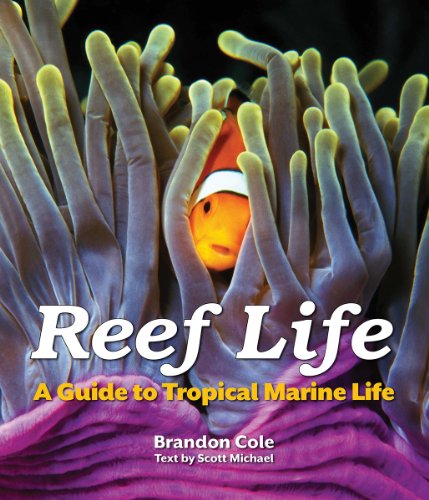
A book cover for Reef Life: A Guide to Tropical Marine Life; Brandon Cole; Science & Math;